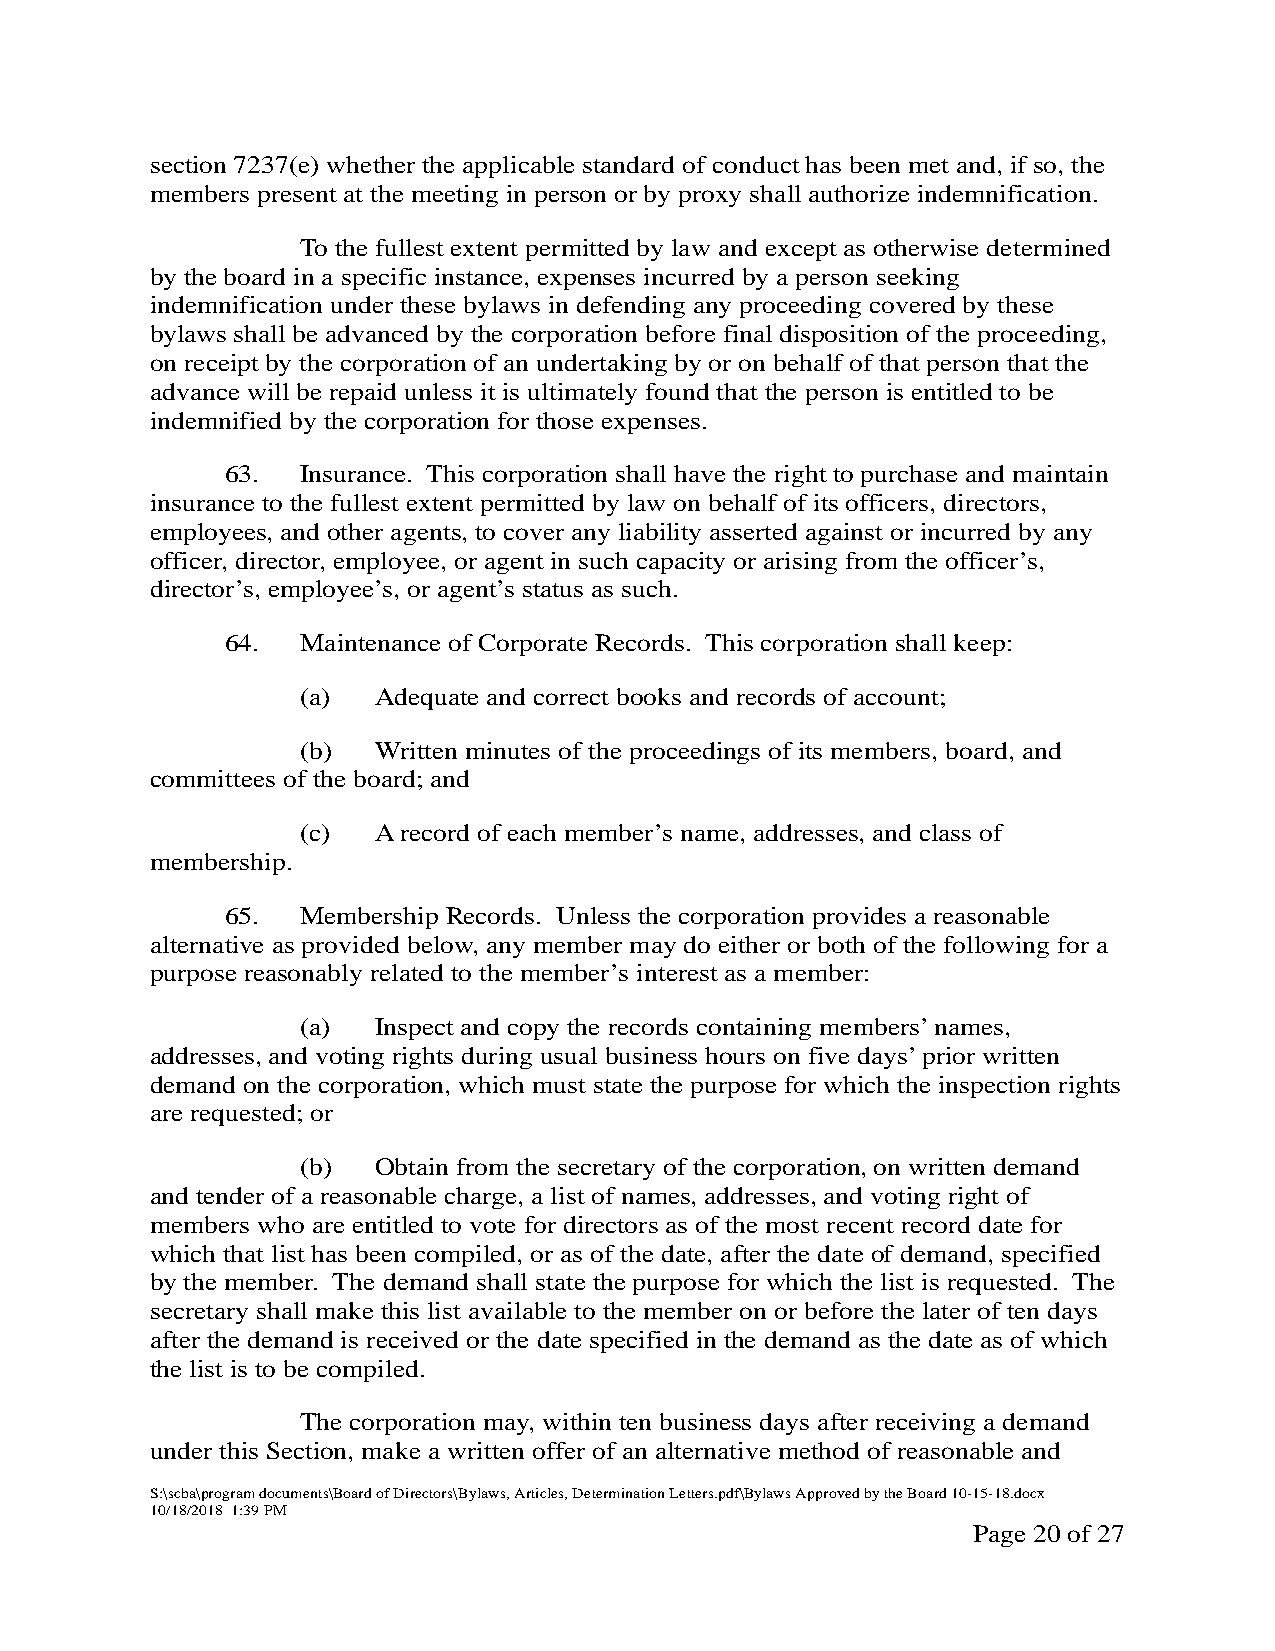
section 7237(e) whether the applicable standard of conduct has been met and, if so, the
 members present at the meeting in person or by proxy shall authorize indemnification.
 To the fullest extent permitted by law and except as otherwise determined
 by the board in a specific instance, expenses incurred by a person seeking
 indemnification under these bylaws in defending any proceeding covered by these
 bylaws shall be advanced by the corporation before final disposition of the proceeding,
 on receipt by the corporation of an undertaking by or on behalf of that person that the
 advance will be repaid unless it is ultimately found that the person is entitled to be
 indemnified by the corporation for those expenses.
 63.  Insurance. This corporation shall have the right to purchase and maintain
 insurance to the fullest extent permitted by law on behalf of its officers, directors,
 employees, and other agents, to cover any liability asserted against or incurred by any
 officer, director, employee, or agent in such capacity or arising from the officer’s,
 director’s, employee’s, or agent’s status as such.
 64.  Maintenance of Corporate Records. This corporation shall keep:
 (a)  Adequate and correct books and records of account;
 (b)  Written minutes of the proceedings of its members, board, and
 committees of the board; and
 (c)  A record of each member’s name, addresses, and class of
 membership.
 65.  Membership Records. Unless the corporation provides a reasonable
 alternative as provided below, any member may do either or both of the following for a
 purpose reasonably related to the member’s interest as a member:
 (a)  Inspect and copy the records containing members’ names,
 addresses, and voting rights during usual business hours on five days’ prior written
 demand on the corporation, which must state the purpose for which the inspection rights
 are requested; or
 (b)  Obtain from the secretary of the corporation, on written demand
 and tender of a reasonable charge, a list of names, addresses, and voting right of
 members who are entitled to vote for directors as of the most recent record date for
 which that list has been compiled, or as of the date, after the date of demand, specified
 by the member. The demand shall state the purpose for which the list is requested. The
 secretary shall make this list available to the member on or before the later of ten days
 after the demand is received or the date specified in the demand as the date as of which
 the list is to be compiled.
 The corporation may, within ten business days after receiving a demand
 under this Section, make a written offer of an alternative method of reasonable and
 S:\scba\program documents\Board of Directors\Bylaws, Articles, Determination Letters.pdf\Bylaws Approved by the Board 10-15-18.docx
 10/18/2018 1:39 PM
 Page 20 of 27